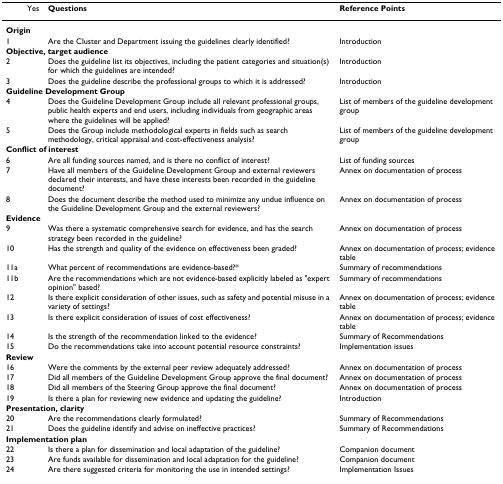
<table><thead><tr><td></td><td><b>Yes</b></td><td><b>Questions</b></td><td><b>Reference Points</b></td></tr></thead><tbody><tr><td colspan="4"><b>Origin</b></td></tr><tr><td>1</td><td></td><td>Are the Cluster and Department issuing the guidelines clearly identified?</td><td>Introduction</td></tr><tr><td colspan="4"><b>Objective, target audience</b></td></tr><tr><td>2</td><td></td><td>Does the guideline list its objectives, including the patient categories and situation(s) for which the guidelines are intended?</td><td>Introduction</td></tr><tr><td>3</td><td></td><td>Does the guideline describe the professional groups to which it is addressed?</td><td>Introduction</td></tr><tr><td colspan="4"><b>Guideline Development Group</b></td></tr><tr><td>4</td><td></td><td>Does the Guideline Development Group include all relevant professional groups, public health experts and end users, including individuals from geographic areas where the guidelines will be applied?</td><td>List of members of the guideline development group</td></tr><tr><td>5</td><td></td><td>Does the Group include methodological experts in fields such as search methodology, critical appraisal and cost-effectiveness analysis?</td><td>List of members of the guideline development group</td></tr><tr><td colspan="4"><b>Conflict of interest</b></td></tr><tr><td>6</td><td></td><td>Are all funding sources named, and is there no conflict of interest?</td><td>List of funding sources</td></tr><tr><td>7</td><td></td><td>Have all members of the Guideline Development Group and external reviewers declared their interests, and have these interests been recorded in the guideline document?</td><td>Annex on documentation of process</td></tr><tr><td>8</td><td></td><td>Does the document describe the method used to minimize any undue influence on the Guideline Development Group and the external reviewers?</td><td>Annex on documentation of process</td></tr><tr><td colspan="4"><b>Evidence</b></td></tr><tr><td>9</td><td></td><td>Was there a systematic comprehensive search for evidence, and has the search strategy been recorded in the guideline?</td><td>Annex on documentation of process</td></tr><tr><td>10</td><td></td><td>Has the strength and quality of the evidence on effectiveness been graded?</td><td>Annex on documentation of process; evidence table</td></tr><tr><td>11a</td><td></td><td>What percent of recommendations are evidence-based?*</td><td>Summary of recommendations</td></tr><tr><td>11b</td><td></td><td>Are the recommendations which are not evidence-based explicitly labeled as &quot;expert opinion&quot; based?</td><td>Summary of recommendations</td></tr><tr><td>12</td><td></td><td>Is there explicit consideration of other issues, such as safety and potential misuse in a variety of settings?</td><td>Annex on documentation of process; evidence table</td></tr><tr><td>13</td><td></td><td>Is there explicit consideration of issues of cost effectiveness?</td><td>Annex on documentation of process; evidence table</td></tr><tr><td>14</td><td></td><td>Is the strength of the recommendation linked to the evidence?</td><td>Summary of Recommendations</td></tr><tr><td>15</td><td></td><td>Do the recommendations take into account potential resource constraints?</td><td>Implementation issues</td></tr><tr><td colspan="4"><b>Review</b></td></tr><tr><td>16</td><td></td><td>Were the comments by the external peer review adequately addressed?</td><td>Annex on documentation of process</td></tr><tr><td>17</td><td></td><td>Did all members of the Guideline Development Group approve the final document?</td><td>Annex on documentation of process</td></tr><tr><td>18</td><td></td><td>Did all members of the Steering Group approve the final document?</td><td>Annex on documentation of process</td></tr><tr><td>19</td><td></td><td>Is there a plan for reviewing new evidence and updating the guideline?</td><td>Introduction</td></tr><tr><td colspan="4"><b>Presentation, clarity</b></td></tr><tr><td>20</td><td></td><td>Are the recommendations clearly formulated?</td><td>Summary of Recommendations</td></tr><tr><td>21</td><td></td><td>Does the guideline identify and advise on ineffective practices?</td><td>Summary of Recommendations</td></tr><tr><td colspan="4"><b>Implementation plan</b></td></tr><tr><td>22</td><td></td><td>Is there a plan for dissemination and local adaptation of the guideline?</td><td>Companion document</td></tr><tr><td>23</td><td></td><td>Are funds available for dissemination and local adaptation for the guideline?</td><td>Companion document</td></tr><tr><td>24</td><td></td><td>Are there suggested criteria for monitoring the use in intended settings?</td><td>Implementation Issues</td></tr></tbody></table>